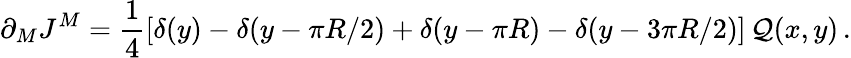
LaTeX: \partial_{M}J^{M}=\frac{1}{4}\left[\delta(y)-\delta(y-\pi R/2)+\delta(y-\pi R)-\delta(y-3\pi R/2)\right]\, {\cal Q}(x,y)\, .